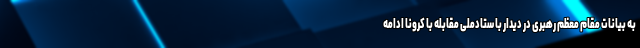
به بیانات مقام معظم رهبری در دیدار با ستادملی مقابله با کرونا ادامه